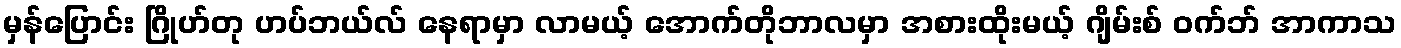
မှန်ပြောင်း ဂြိုဟ်တု ဟပ်ဘယ်လ် နေရာမှာ လာမယ့် အောက်တိုဘာလမှာ အစားထိုးမယ့် ဂျိမ်းစ် ဝက်ဘ် အာကာသ